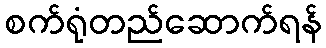
စက်ရုံတည်ဆောက်ရန်